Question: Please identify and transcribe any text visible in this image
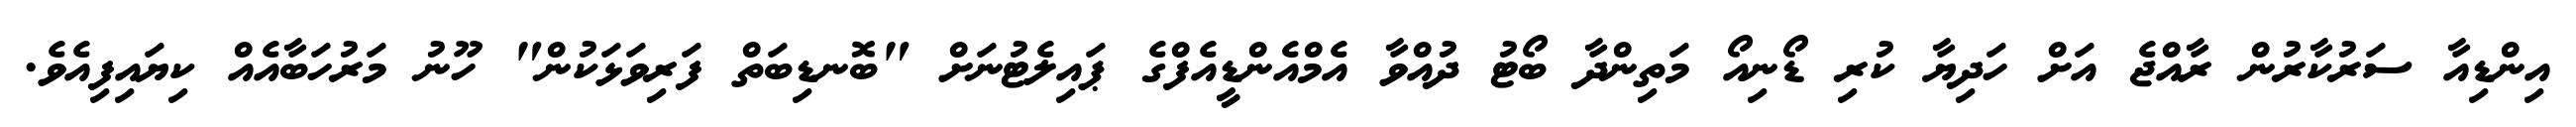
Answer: އިންޑިއާ ސަރުކާރުން ރާއްޖެ އަށް ހަދިޔާ ކުރި ޑޯނިއޯ މަތިންދާ ބޯޓު ދުއްވާ އެމްއެންޑީއެފްގެ ޕައިލެޓުނަށް "ބޮނޑިބަތް ފަރިވަޅަކުން" ހޫނު މަރުހަބާއެއް ކިޔައިފިއެވެ.